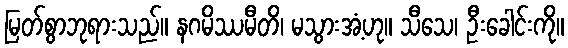
မြတ်စွာဘုရားသည်။ နဂမိဿမီတိ၊ မသွားအံ့ဟု။ သီသေ၊ ဦးခေါင်းကို။